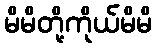
မိမိတို့ကိုယ်မိမိ